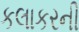
કલાકરની